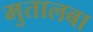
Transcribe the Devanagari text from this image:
मुतालबा